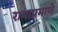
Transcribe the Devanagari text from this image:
रामाप्रमाणे